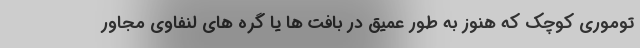
توموری کوچک که هنوز به طور عمیق در بافت ها یا گره های لنفاوی مجاور